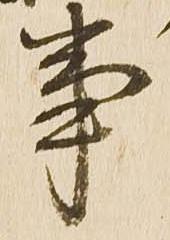
事